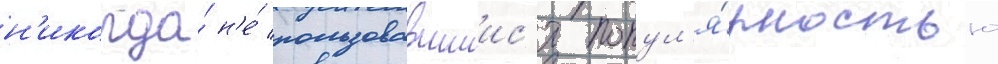
н'икогда́ н'е́ пользовавшиис'я попул'я́рностью